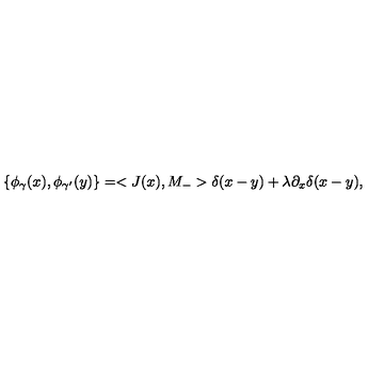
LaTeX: \left\{ \phi _ { \gamma } ( x ) , \phi _ { \gamma ^ { \prime } } ( y ) \right\} = < J ( x ) , M _ { - } > \delta ( x - y ) + \lambda \partial _ { x } \delta ( x - y ) ,